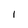
Character: I